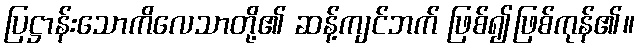
ပြဋ္ဌာန်းသောကိလေသာတို့၏ ဆန့်ကျင်ဘက် ဖြစ်၍ဖြစ်ကုန်၏။